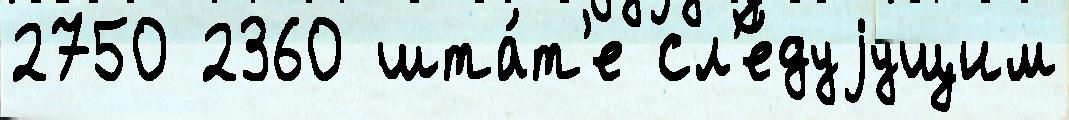
2750 2360 шта́т'е сл'е́дуjущим